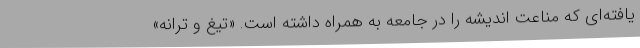
یافته‌ای که مناعت اندیشه را در جامعه به همراه داشته است. «تیغ و ترانه»